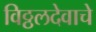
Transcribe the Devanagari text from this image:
विठ्ठलदेवाचे